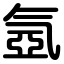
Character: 氬